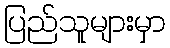
ပြည်သူများမှာ